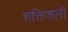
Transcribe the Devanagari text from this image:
शक्तिशली